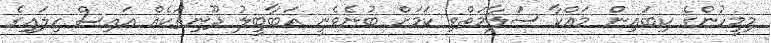
މިމީހުންގެ ކިބައިން މައްކާ ސަލާމަތްވި ކަމަށް ބުނެވެނީ އަބާބީލު ދޫނިތަކެއް އައިސް ހިލައިގެ